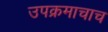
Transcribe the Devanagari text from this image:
उपक्रमाचाच